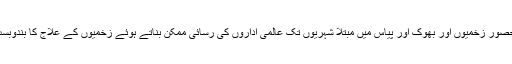
سید صلاح الدین نے مطالبہ کیا ہے کہ 30دن سے کرفیو میں محصور زخمیوں اور بھوک اور پیاس میں مبتلا شہریوں تک عالمی اداروں کی رسائی ممکن بناتے ہوئے زخمیوں کے علاج کا بندوبست کیاجائے اور اشیائے ضرورت فوری طور پر فراہم کی جائیں۔